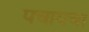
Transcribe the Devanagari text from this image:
पचायचा